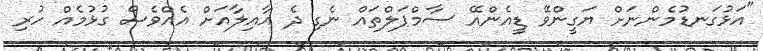
"އަޅުގަނޑުމެންނަށް ޔަގީންވޭ ޑީއެންއޭ ސާމްޕަލްތައް ނެގި ދެ އާއިލާއަށް އެއްވެސް ގުޅުމެއް ހުރި